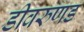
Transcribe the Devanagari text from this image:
डीवरुणड